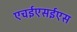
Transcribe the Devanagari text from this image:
एचईएसईएस